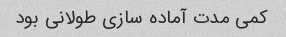
کمی مدت آماده سازی طولانی بود